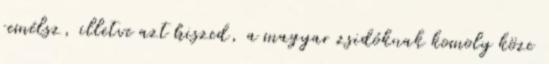
remélsz, illetve azt hiszed, a magyar zsidóknak komoly köze